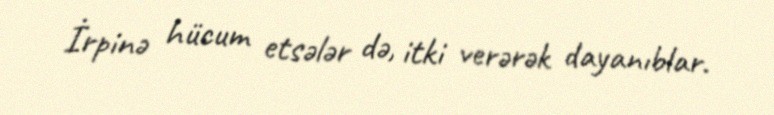
İrpinə hücum etsələr də, itki verərək dayanıblar.